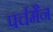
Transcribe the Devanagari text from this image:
पर्चमैन